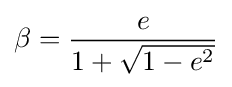
\beta ={\frac {e}{1+{\sqrt {1-e^{2}}}}}